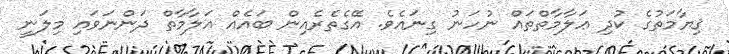
ޤިޔާމަތުގެ ކުދި ޢަލާމާތްތައް ނުހަނު ގިނައެވެ. އޭގެތެރެއިން ބައެއް ޢަލާމާތް ދަންނަވައި މިލަނީ